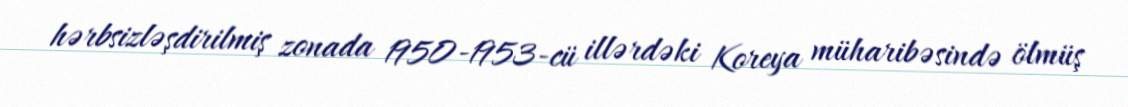
hərbsizləşdirilmiş zonada 1950-1953-cü illərdəki Koreya müharibəsində ölmüş